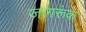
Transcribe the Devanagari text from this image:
जागरूंक